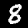
Digit: 8